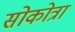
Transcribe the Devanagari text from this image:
सोकोत्रा